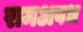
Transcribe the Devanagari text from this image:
रामअवध